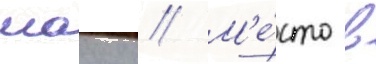
маику // М'е́сто в